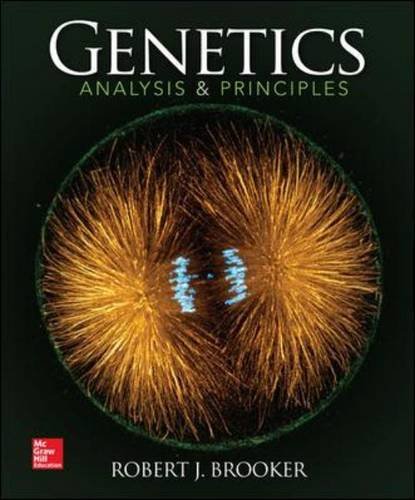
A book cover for Genetics: Analysis and Principles; Robert Brooker; Medical Books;